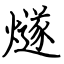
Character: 燧